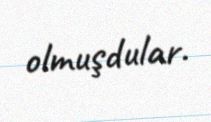
olmuşdular.